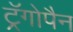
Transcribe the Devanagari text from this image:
ट्रॅगोपैन